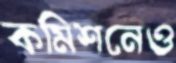
কমিশনেও